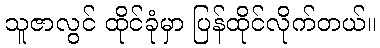
သူဇာလွင် ထိုင်ခုံမှာ ပြန်ထိုင်လိုက်တယ်။